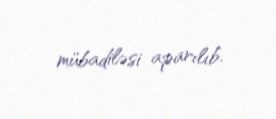
mübadiləsi aparılıb.